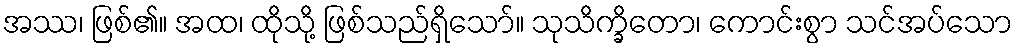
အဿ၊ ဖြစ်၏။ အထ၊ ထိုသို့ ဖြစ်သည်ရှိသော်။ သုသိက္ခိတော၊ ကောင်းစွာ သင်အပ်သော